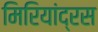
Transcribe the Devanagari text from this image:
मिरियांद्रस